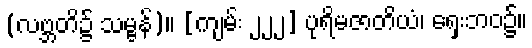
(လဗ္ဘတိ၌ သမ္ဗန်)။ [ကျမ်း ၂၂၂] ပုရိမဇာတိယံ၊ ရှေးဘဝ၌။